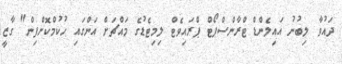
ދައުވާ ލިބުނު އައިލެންޑް ޓްރާންސްޕޯޓް ޕްރައިވެޓް ލިމިޓެޑުގެ މައްޗަށް އަންގައި ހުކުމްކޮށްފިން" ގާޒީ